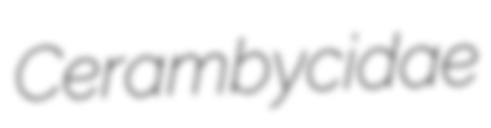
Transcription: Cerambycidae